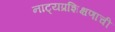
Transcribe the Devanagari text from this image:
नाट्यप्रशिक्षणाची